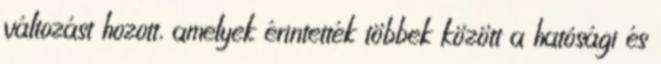
változást hozott, amelyek érintették többek között a hatósági és